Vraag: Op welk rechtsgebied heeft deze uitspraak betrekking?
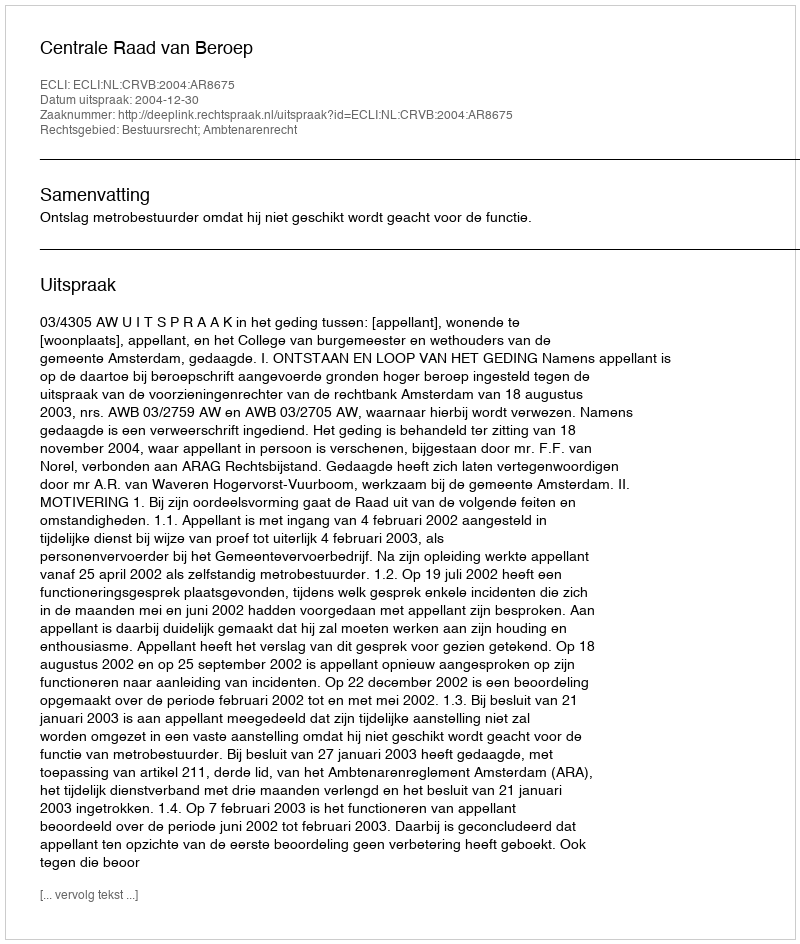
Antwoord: Bestuursrecht; Ambtenarenrecht